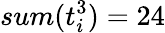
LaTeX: sum(t_{i}^{3})=24